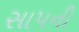
સાપની